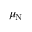
\mu _ { \mathrm { N } }